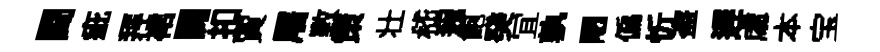
闘疵拜裙闢扣賈屠斁策壮嵇遐飽癸冝孰陋偏忻盗遅䖏本宝